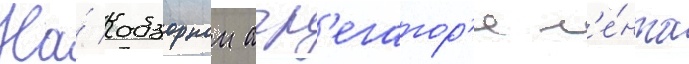
На́ обзорном агр'егатор'е л'е́нта